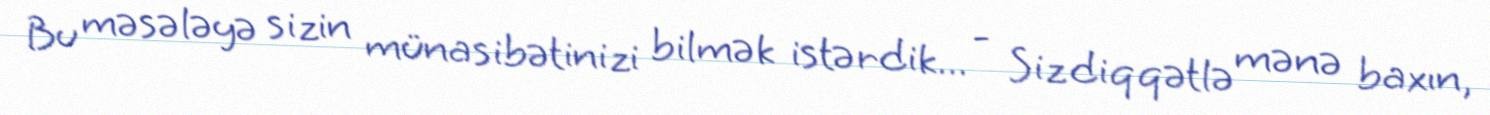
Bu məsələyə sizin münasibətinizi bilmək istərdik... - Siz diqqətlə mənə baxın,